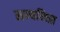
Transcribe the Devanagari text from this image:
सम्‍बन्‍धित